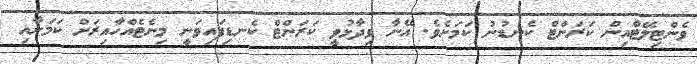
ވެންޓިލޭޓާއިން ކަރަންޓް ކެނޑުނު ކަމަށެވެ. އޭނާ ވިދާޅުވީ ކަރަންޓް ކެނޑިފައިވަނީ މިނެޓެއްހާއިރަށް ކަމަށާއި